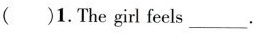
( )1.The girl feels___.